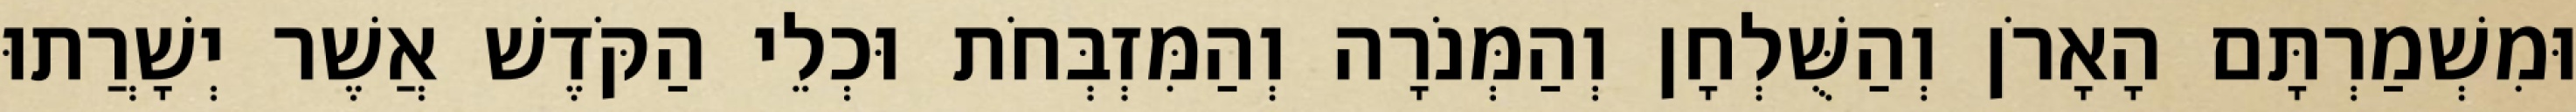
וּמִשְׁמַרְתָּם הָאָרֹן וְהַשֻּׁלְחָן וְהַמְּנֹרָה וְהַמִּזְבְּחֹת וּכְלֵי הַקֹּדֶשׁ אֲשֶׁר יְשָׁרֲתוּ